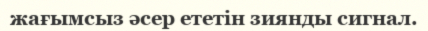
жағымсыз әсер ететін зиянды сигнал.